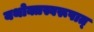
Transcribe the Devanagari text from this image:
यथोक्तस्वरूपात्‌